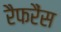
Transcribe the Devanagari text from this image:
रैफरैंस